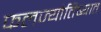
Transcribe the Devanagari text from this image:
फलज्योतिष्यात